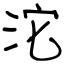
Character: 沱